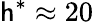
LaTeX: \mathsf{h}^{*}\approx20